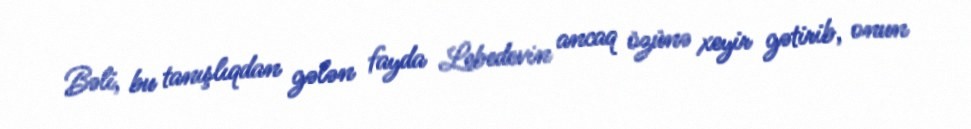
Bəli, bu tanışlıqdan gələn fayda Lebedevin ancaq özünə xeyir gətirib, onun